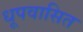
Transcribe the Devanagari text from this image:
धूपवासित